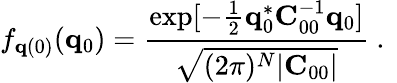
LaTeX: f_{{\mathbf q}(0)}({\mathbf q}_{0})=\frac{\exp[-\frac{1}{2}{\mathbf q}_{0}^{*}{\mathbf C}_{00}^{-1}{\mathbf q}_{0}]}{\sqrt{(2\pi)^{N}|{\mathbf C}_{00}|}}\mathrm{~.~}